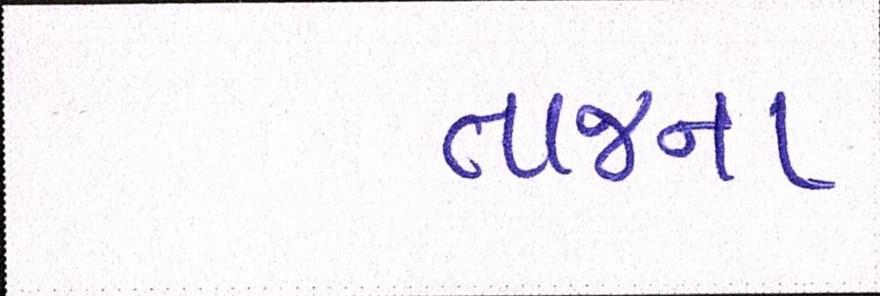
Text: તાજના